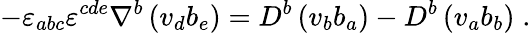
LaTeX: -{\varepsilon}_{abc}{\varepsilon}^{cde}\nabla^{b}\left(v_{d}b_{e}\right)=D^{b}\left(v_{b}b_{a}\right)-D^{b}\left(v_{a}b_{b}\right)\; .